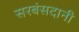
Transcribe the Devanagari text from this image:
सरबंसदानी